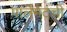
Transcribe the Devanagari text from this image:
पार्लमेंटची